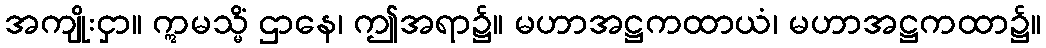
အကျိုးငှာ။ ဣမသ္မိံ ဌာနေ၊ ဤအရာ၌။ မဟာအဋ္ဌကထာယံ၊ မဟာအဋ္ဌကထာ၌။